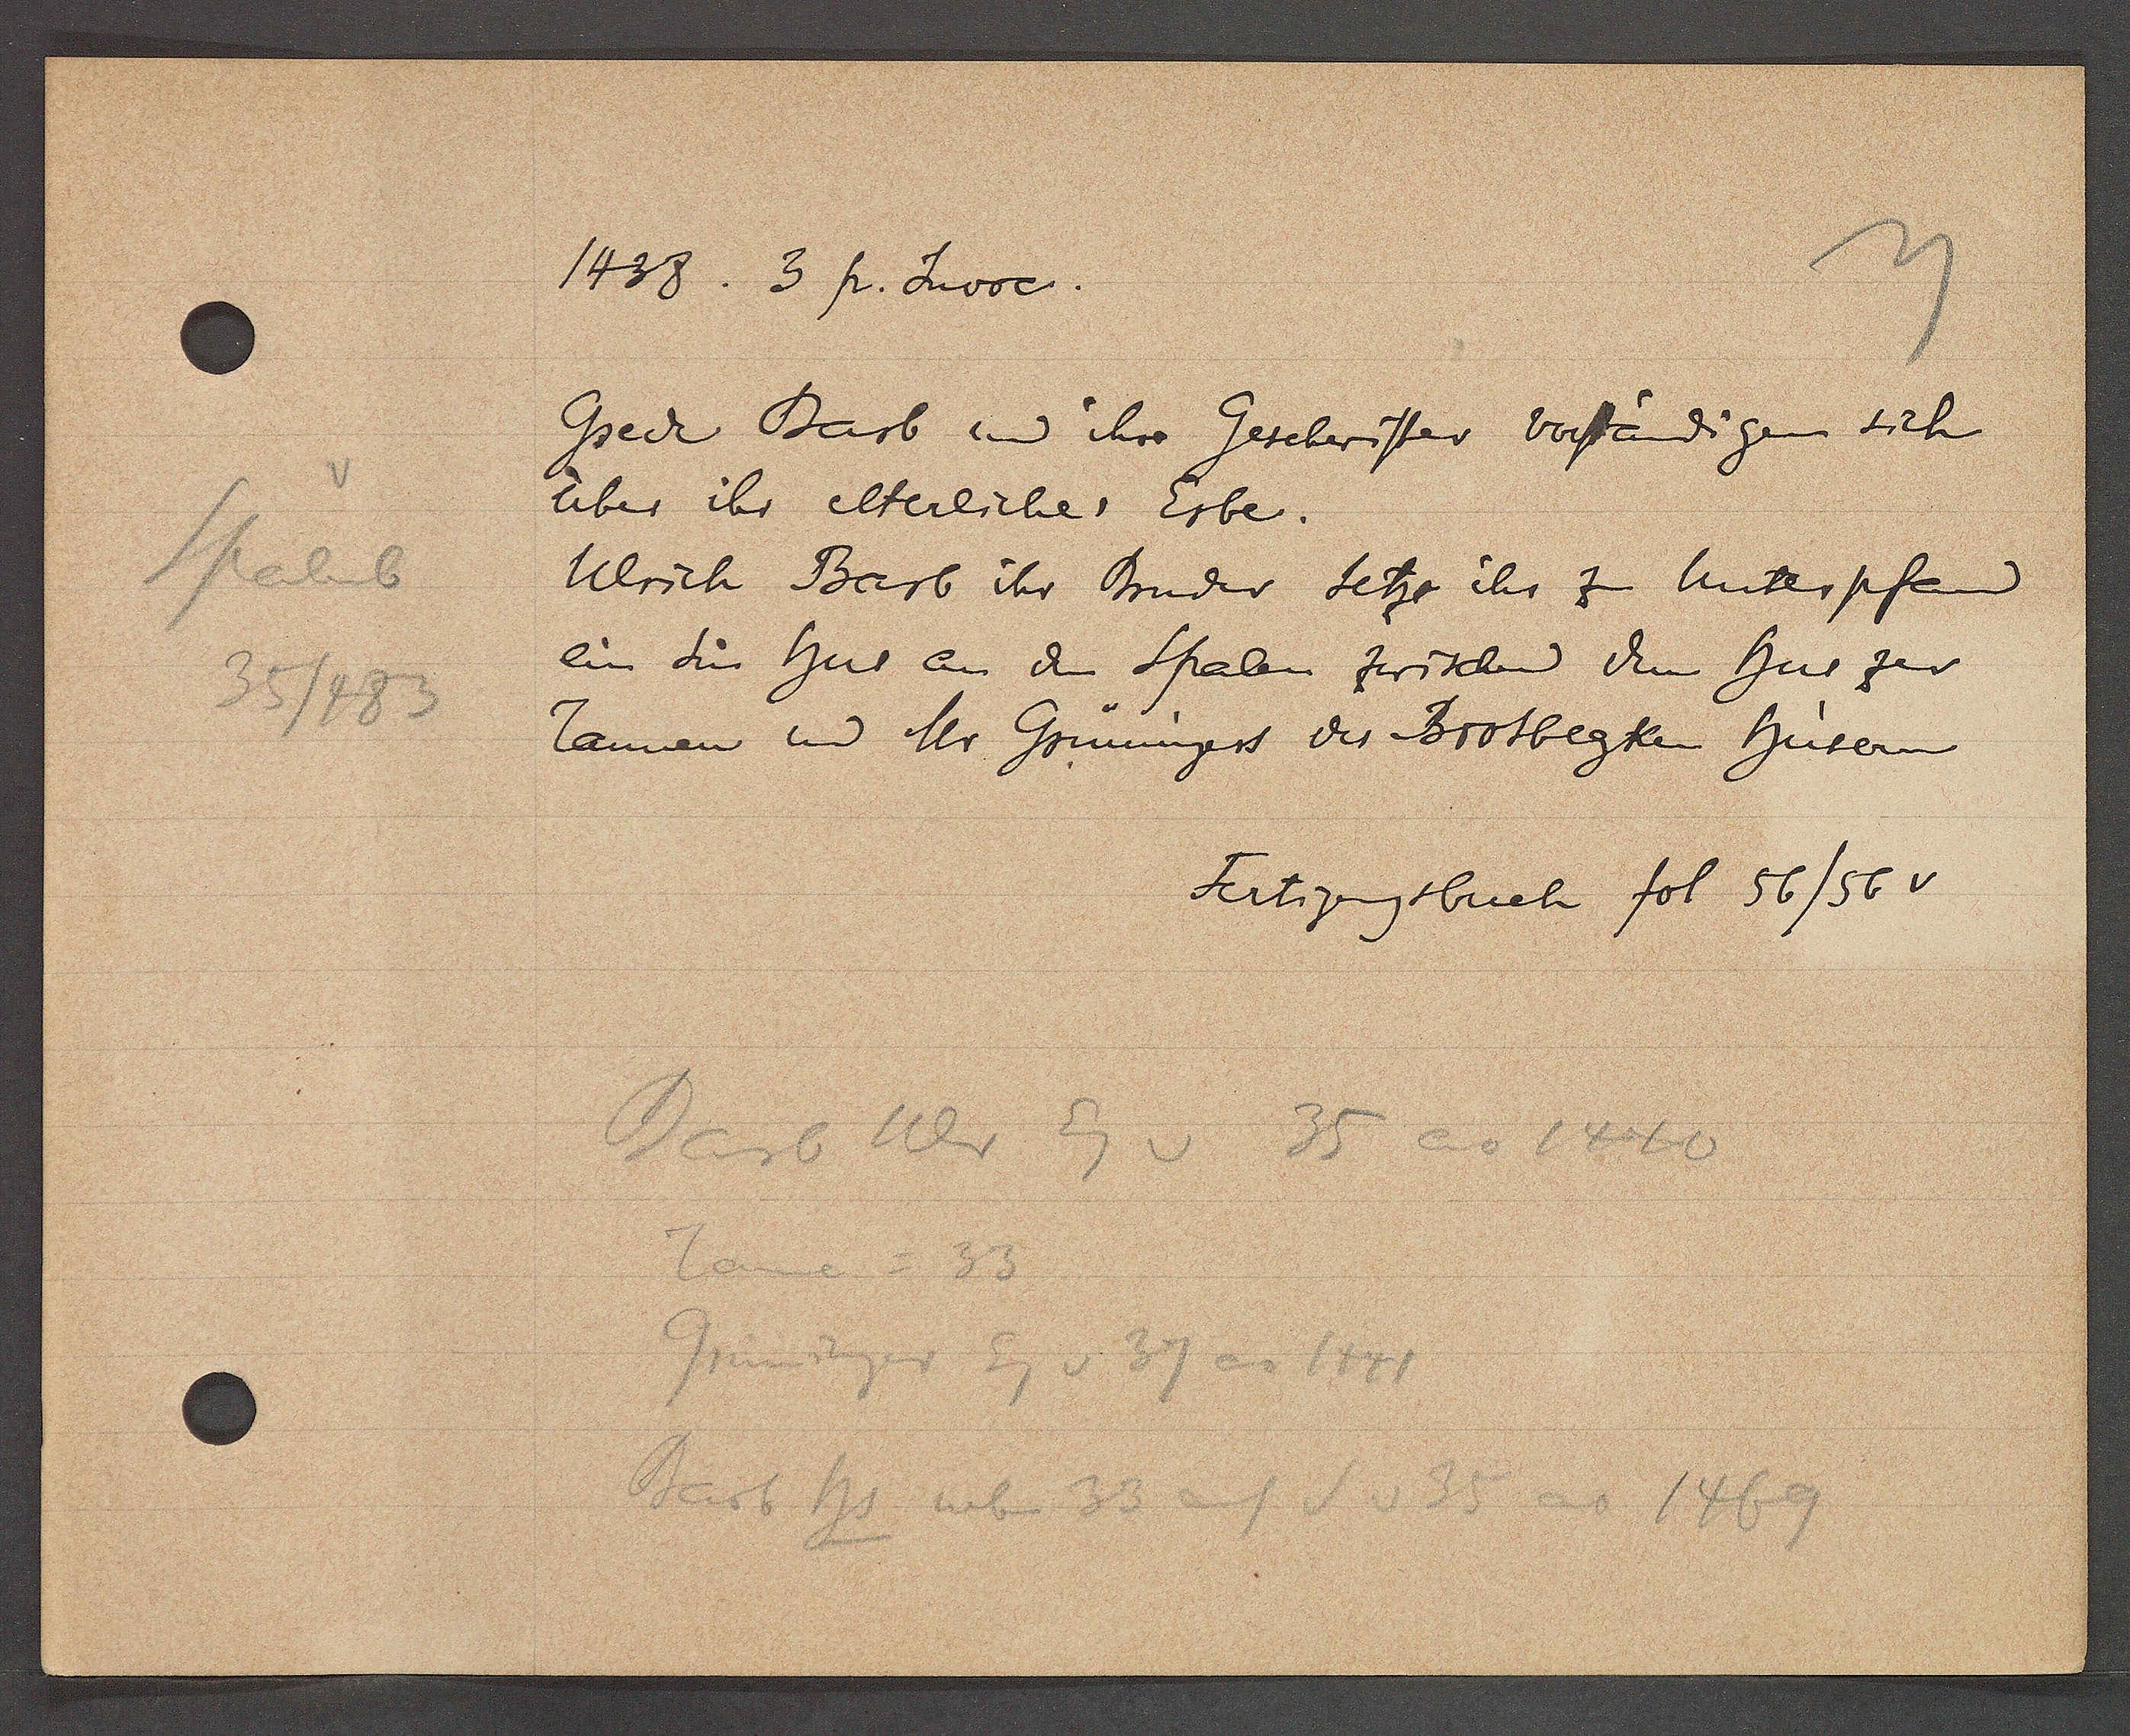
Transcript:
Spalenb
35/483

1438.3 p. Juvoe.

Gseck Barb und ihre Geschwister verständigen sich
über ihr elterliches Erbe.
Ulrich Barb ihr Bruder setze ihr zum unterpfand
ein sin hus an den Spalen zwischen dem hus zer
Tannen und Mr Grüningers der Brotbegken hüsern

Fertigungsbuch fol. 56/56 v

Barb Ulr Eg v 35 ao 1440
Tanne = 3
Barb Hs neben 33 auf S v 35 ao 1469
Grüninger Eg v 37 ao 1441